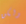
ولكن